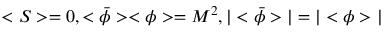
< S > = 0 , < \bar { \phi } > < \phi > = M ^ { 2 } , | < \bar { \phi } > | = | < \phi > |